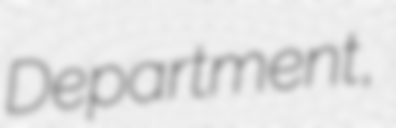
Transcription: Department,